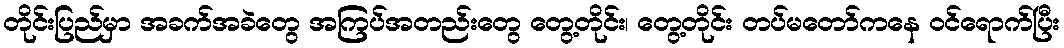
တိုင်းပြည်မှာ အခက်အခဲတွေ အကြပ်အတည်းတွေ တွေ့တိုင်း၊ တွေ့တိုင်း တပ်မတော်ကနေ ဝင်ရောက်ပြီး